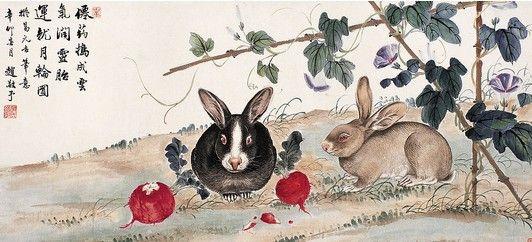
茕茕白兔，东走西顾。